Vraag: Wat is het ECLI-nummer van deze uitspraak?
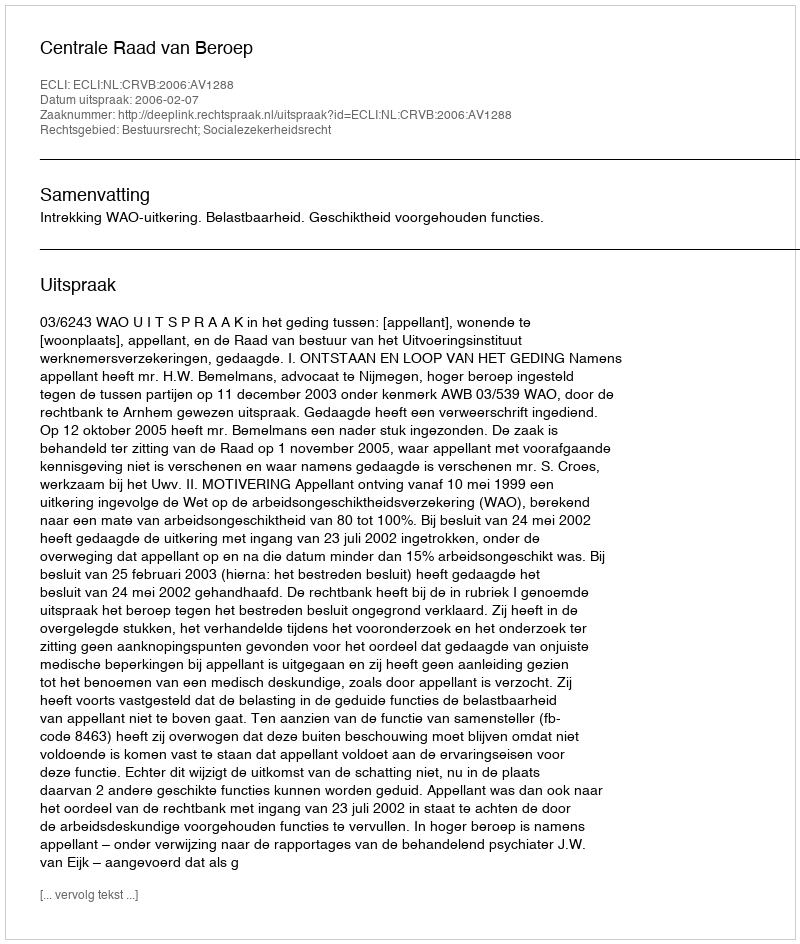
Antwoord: ECLI:NL:CRVB:2006:AV1288